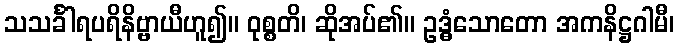
သသင်္ခါရပရိနိဗ္ဗာယီဟူ၍။ ဝုစ္စတိ၊ ဆိုအပ်၏။ ဥဒ္ဓံသောတော အကနိဋ္ဌဂါမီ၊